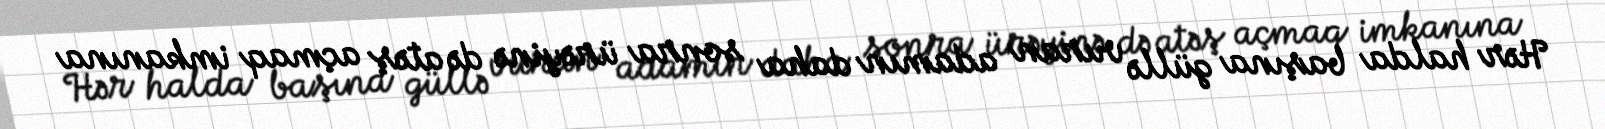
Hər halda başına güllə vuran adamın daha sonra ürəyinə də atəş açmaq imkanına